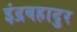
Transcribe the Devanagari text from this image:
इंद्रबहादुर